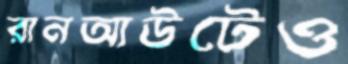
রানআউটেও